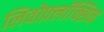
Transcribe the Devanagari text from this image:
लिवोफ़्लॉक्सिन